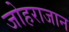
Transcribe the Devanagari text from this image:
जोहराजान